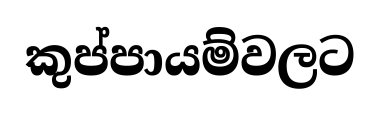
කුප්පායම්වලට